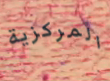
المركزية